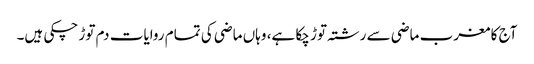
آج کا مغرب ماضی سے رشتہ توڑ چکا ہے، وہاں ماضی کی تمام روایات دم توڑ چکی ہیں۔